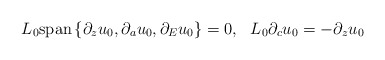
\begin{align*}L_0{\rm span}\left\{\partial_zu_0,\partial_au_0,\partial_Eu_0\right\}=0,~~L_0\partial_cu_0=-\partial_zu_0\end{align*}